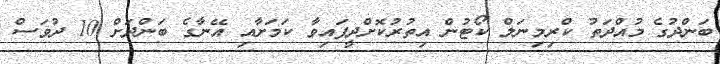
ބަންދުގެ މުއްދަތު ކްރިމިނަލް ކޯޓުން އިތުރުކޮށްދީފައިވާ ކަމަށާއި އޭނާގެ ބަންދަށް 10 ދުވަސް